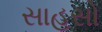
સાહસો